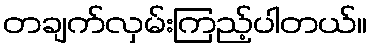
တချက်လှမ်းကြည့်ပါတယ်။